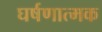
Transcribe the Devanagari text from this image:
घर्षणात्मक